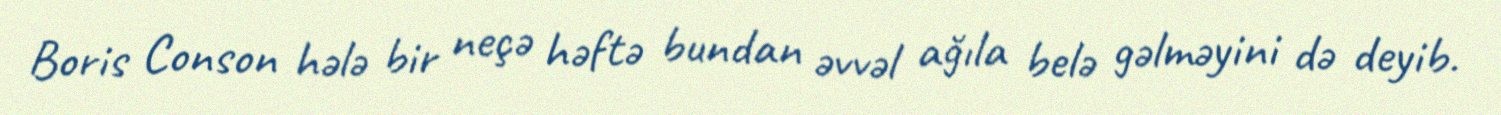
Boris Conson hələ bir neçə həftə bundan əvvəl ağıla belə gəlməyini də deyib.